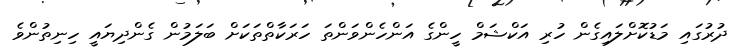
ދުރުގައި މަޑުކޮށްލައިގެން ހުރި އަކްޝަމް ހީންގެ އަންހެންވަންތަ ހަރަކާތްތަކަށް ބަލަމުން ގެންދިޔައީ ހިނިތުންވެ